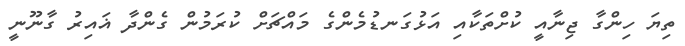
ތިޔަ ހިންގާ ޖިނާއީ ކުށްތަކާއި އަޅުގަނޑުމެންގެ މައްޗަށް ކުރަމުން ގެންދާ ޣައިރު ގާނޫނީ